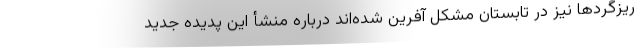
ریزگردها نیز در تابستان مشکل آفرین شده‌اند درباره منشأ این پدیده جدید